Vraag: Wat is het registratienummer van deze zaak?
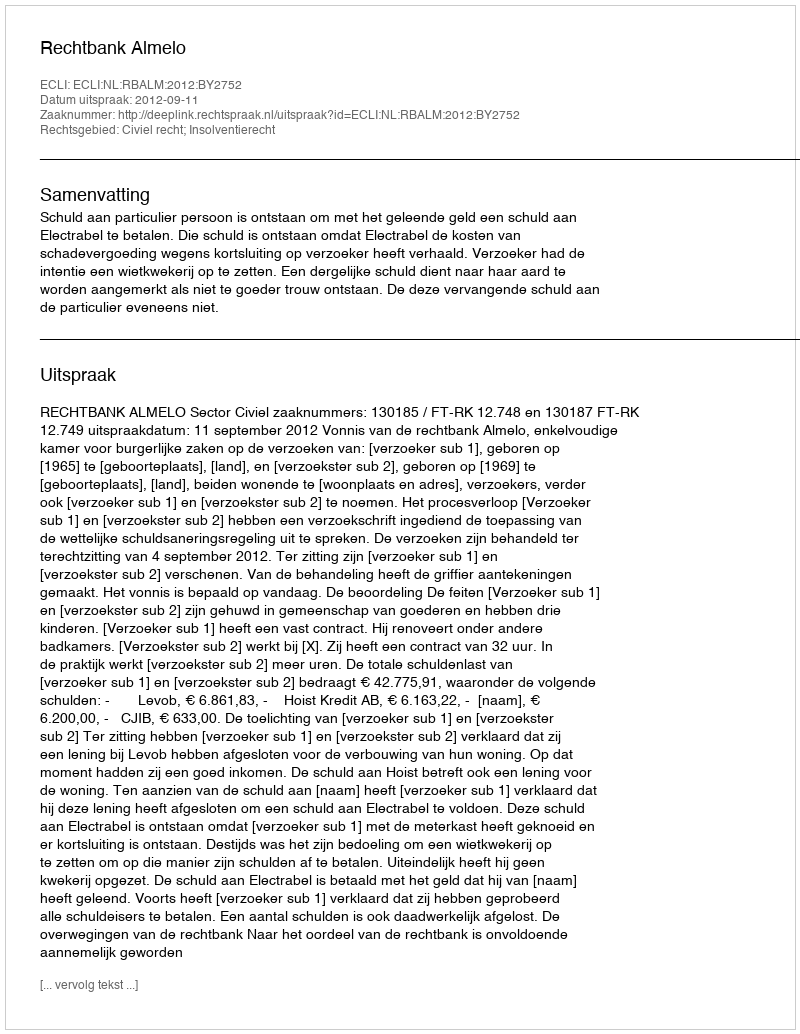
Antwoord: http://deeplink.rechtspraak.nl/uitspraak?id=ECLI:NL:RBALM:2012:BY2752